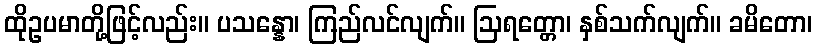
ထိုဥပမာတို့ဖြင့်လည်း။ ပသန္နော၊ ကြည်လင်လျက်။ ဩရတ္တော၊ နှစ်သက်လျက်။ ခမိတော၊